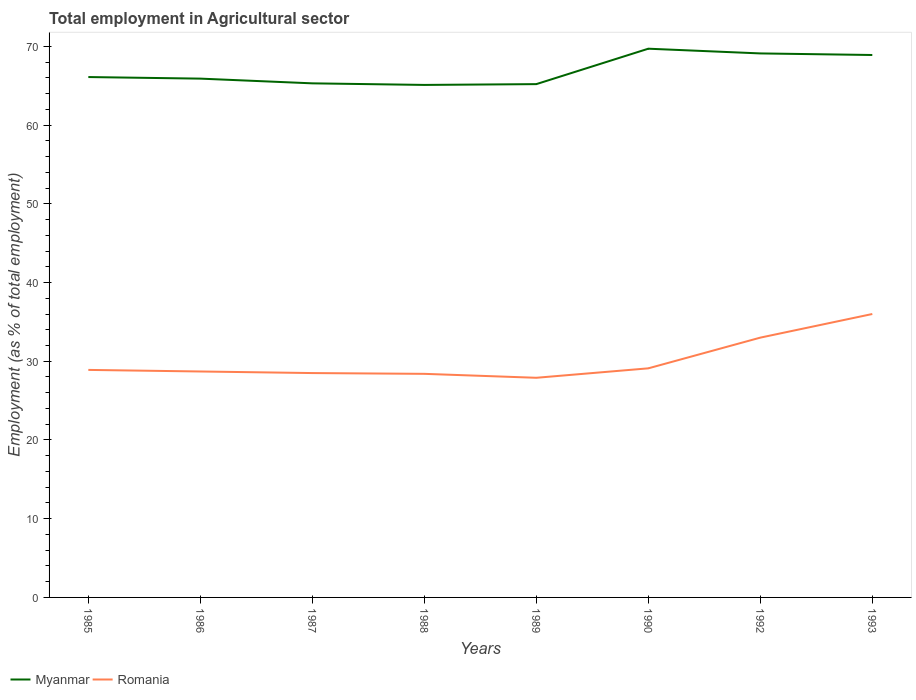
| Years | Myanmar | Romania |
 | --- | --- | --- |
 | 1985 | 66.1 | 28.9 |
 | 1986 | 65.9 | 28.7 |
 | 1987 | 65.3 | 28.5 |
 | 1988 | 65.1 | 28.4 |
 | 1989 | 65.2 | 27.9 |
 | 1990 | 69.7 | 29.1 |
 | 1992 | 69.1 | 33 |
 | 1993 | 68.9 | 36 |